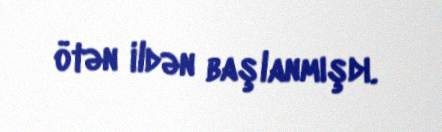
ötən ildən başlanmışdı.